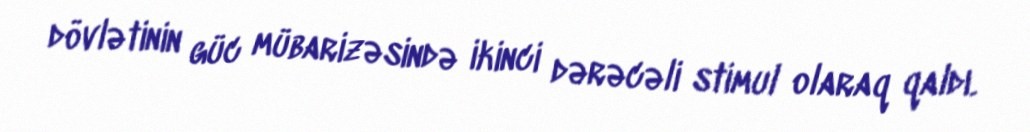
dövlətinin güc mübarizəsində ikinci dərəcəli stimul olaraq qaldı.